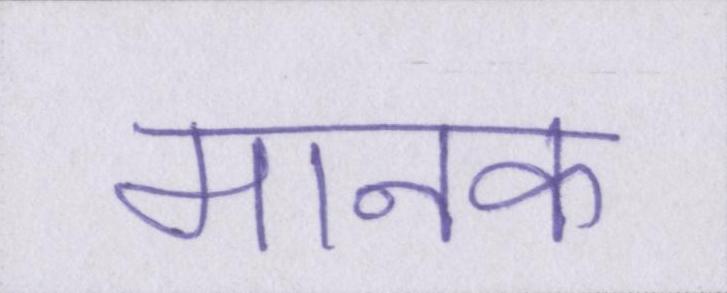
मानक